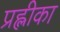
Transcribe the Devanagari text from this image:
प्रह्लीका